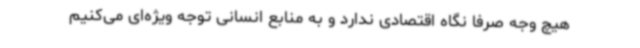
هیچ وجه صرفا نگاه اقتصادی ندارد و به منابع انسانی توجه ویژه‌ای می‌کنیم